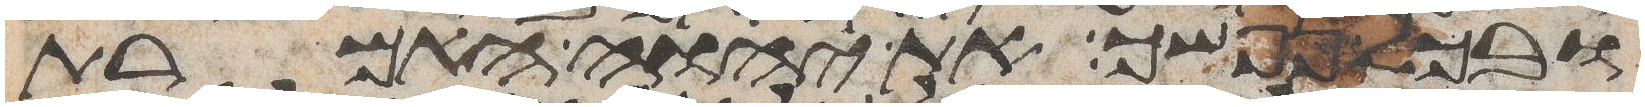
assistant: ובכל נפשך את יהוה האמרת